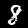
Label: 8